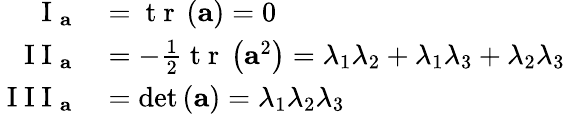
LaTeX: \begin{array}{rl}{\mathrm{~I~}_{\mathbf{a}}}&{{}=\mathrm{~t~r~}\left(\mathbf{a}\right)=0}\\ {\mathrm{~I~I~}_{\mathbf{a}}}&{{}=-\frac{1}{2}\mathrm{~t~r~}\left(\mathbf{a}^{2}\right)=\lambda_{1}\lambda_{2}+\lambda_{1}\lambda_{3}+\lambda_{2}\lambda_{3}}\\ {\mathrm{~I~I~I~}_{\mathbf{a}}}&{{}=\operatorname*{det}\left(\mathbf{a}\right)=\lambda_{1}\lambda_{2}\lambda_{3}}\end{array}